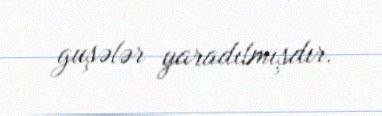
guşələr yaradılmışdır.